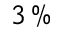
3 \, \%